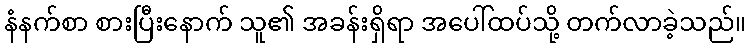
နံနက်စာ စားပြီးနောက် သူ၏ အခန်းရှိရာ အပေါ်ထပ်သို့ တက်လာခဲ့သည်။